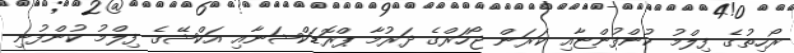
ރޯހިތުގެ ފިލްމު ކުންފުންޏާއި ކަރަން ޖޯހަރްގެ ދަރުމާ ޕްރޮޑަކްޝަނާއި އަކްޝޭގެ ފިލްމު ކުންފުނި